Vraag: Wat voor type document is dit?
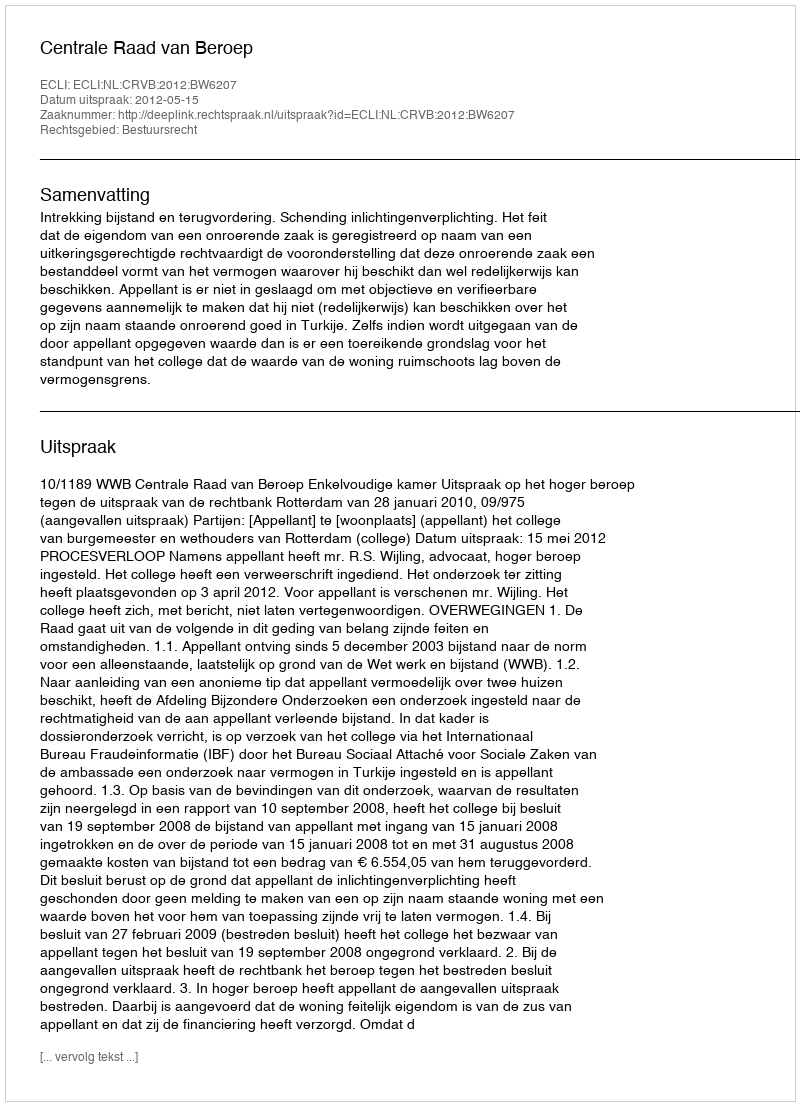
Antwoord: Uitspraak